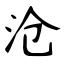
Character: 沧